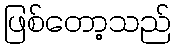
ဖြစ်တော့သည်